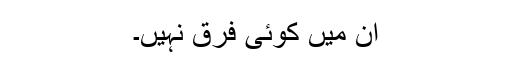
ان میں کوئی فرق نہیں۔